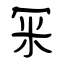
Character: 冞